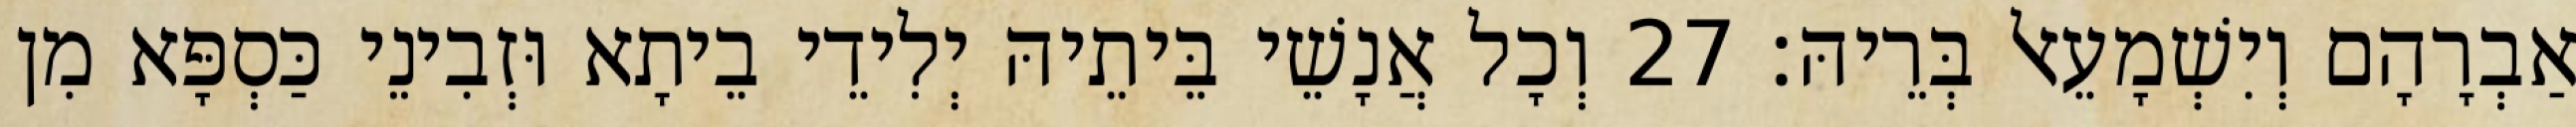
אַבְרָהָם וְיִשְׁמָעֵאל בְּרֵיהּ׃ 27 וְכָל אֲנָשֵׁי בֵּיתֵיהּ יְלִידֵי בֵיתָא וּזְבִינֵי כַּסְפָּא מִן